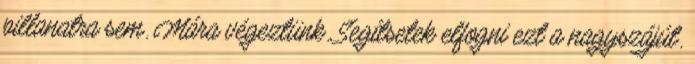
pillanatra sem. Mára végeztünk. Segítsetek elfogni ezt a nagyszájút.